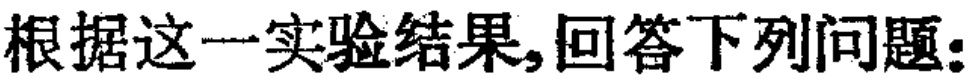
根据这一实验结果,回答下列问题: